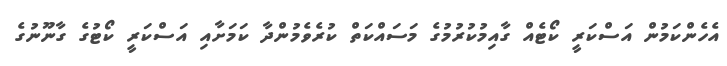
އެހެންކަމުން އަސްކަރީ ކޯޓެއް ގާއިމުކުރުމުގެ މަސައްކަތް ކުރެވެމުންދާ ކަމަށާއި އަސްކަރީ ކޯޓުގެ ގާނޫނުގެ